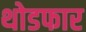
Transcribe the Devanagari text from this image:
थोडफार